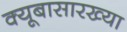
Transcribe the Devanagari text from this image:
क्यूबासारख्या